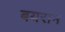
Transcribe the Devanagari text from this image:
बयराम